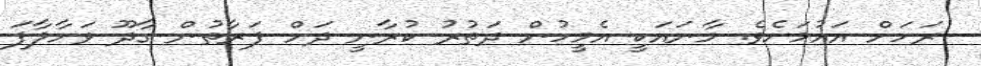
ރަށަށް އައުމަށެވެ. މާނައަކީ އެމީހުން ދަތުރު ކުރާނީ ދަށް ފަރާތުން ގާދޫ ވަށާލާފަ